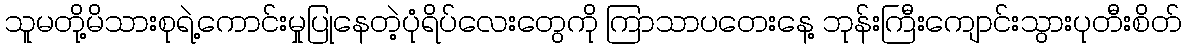
သူမတို့မိသားစုရဲ့ကောင်းမှုပြုနေတဲ့ပုံရိပ်လေးတွေကို ကြာသာပတေးနေ့ ဘုန်းကြီးကျောင်းသွားပုတီးစိတ်